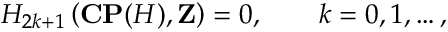
H _ { 2 k + 1 } \left( { \bf C P } ( { \cal H } ) , { \bf Z } \right) = 0 , \qquad k = 0 , 1 , \ldots ,